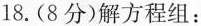
18.(8分)解方程组：